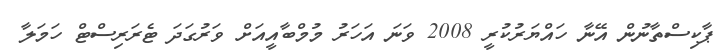
ޕާކިސްތާނުން އޭނާ ހައްޔަރުކުރީ 2008 ވަނަ އަހަރު މުމްބާއީއަށް ވަރުގަދަ ޓެރަރިސްޓް ހަމަލާ